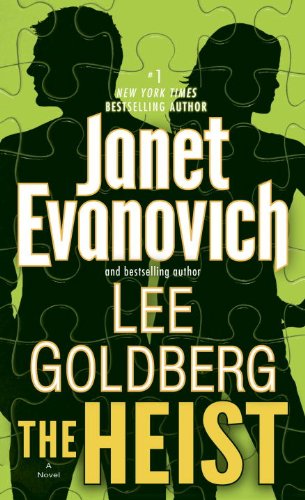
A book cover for The Heist: A Novel (Fox and O'Hare); Janet Evanovich; Mystery, Thriller & Suspense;